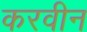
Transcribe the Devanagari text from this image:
करवीन